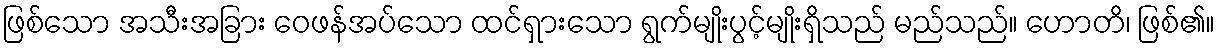
ဖြစ်သော အသီးအခြား ဝေဖန်အပ်သော ထင်ရှားသော ရွက်မျိုးပွင့်မျိုးရှိသည် မည်သည်။ ဟောတိ၊ ဖြစ်၏။